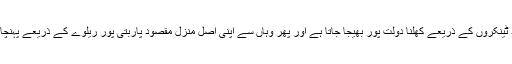
اس کے بعد ٹینکروں کے ذریعے کھلنا دولت پور بھیجا جاتا ہے اور پھر وہاں سے اپنی اصل منزل مقصود پاربتی پور ریلوے کے ذریعے پہنچایا جاتا ہے ۔